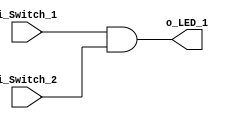
module AND_Gate 
    (input i_Switch_1,
    input i_Switch_2,
    output o_LED_1);

    assign o_LED_1 = i_Switch_1 & i_Switch_2;

endmodule //AND_Gate